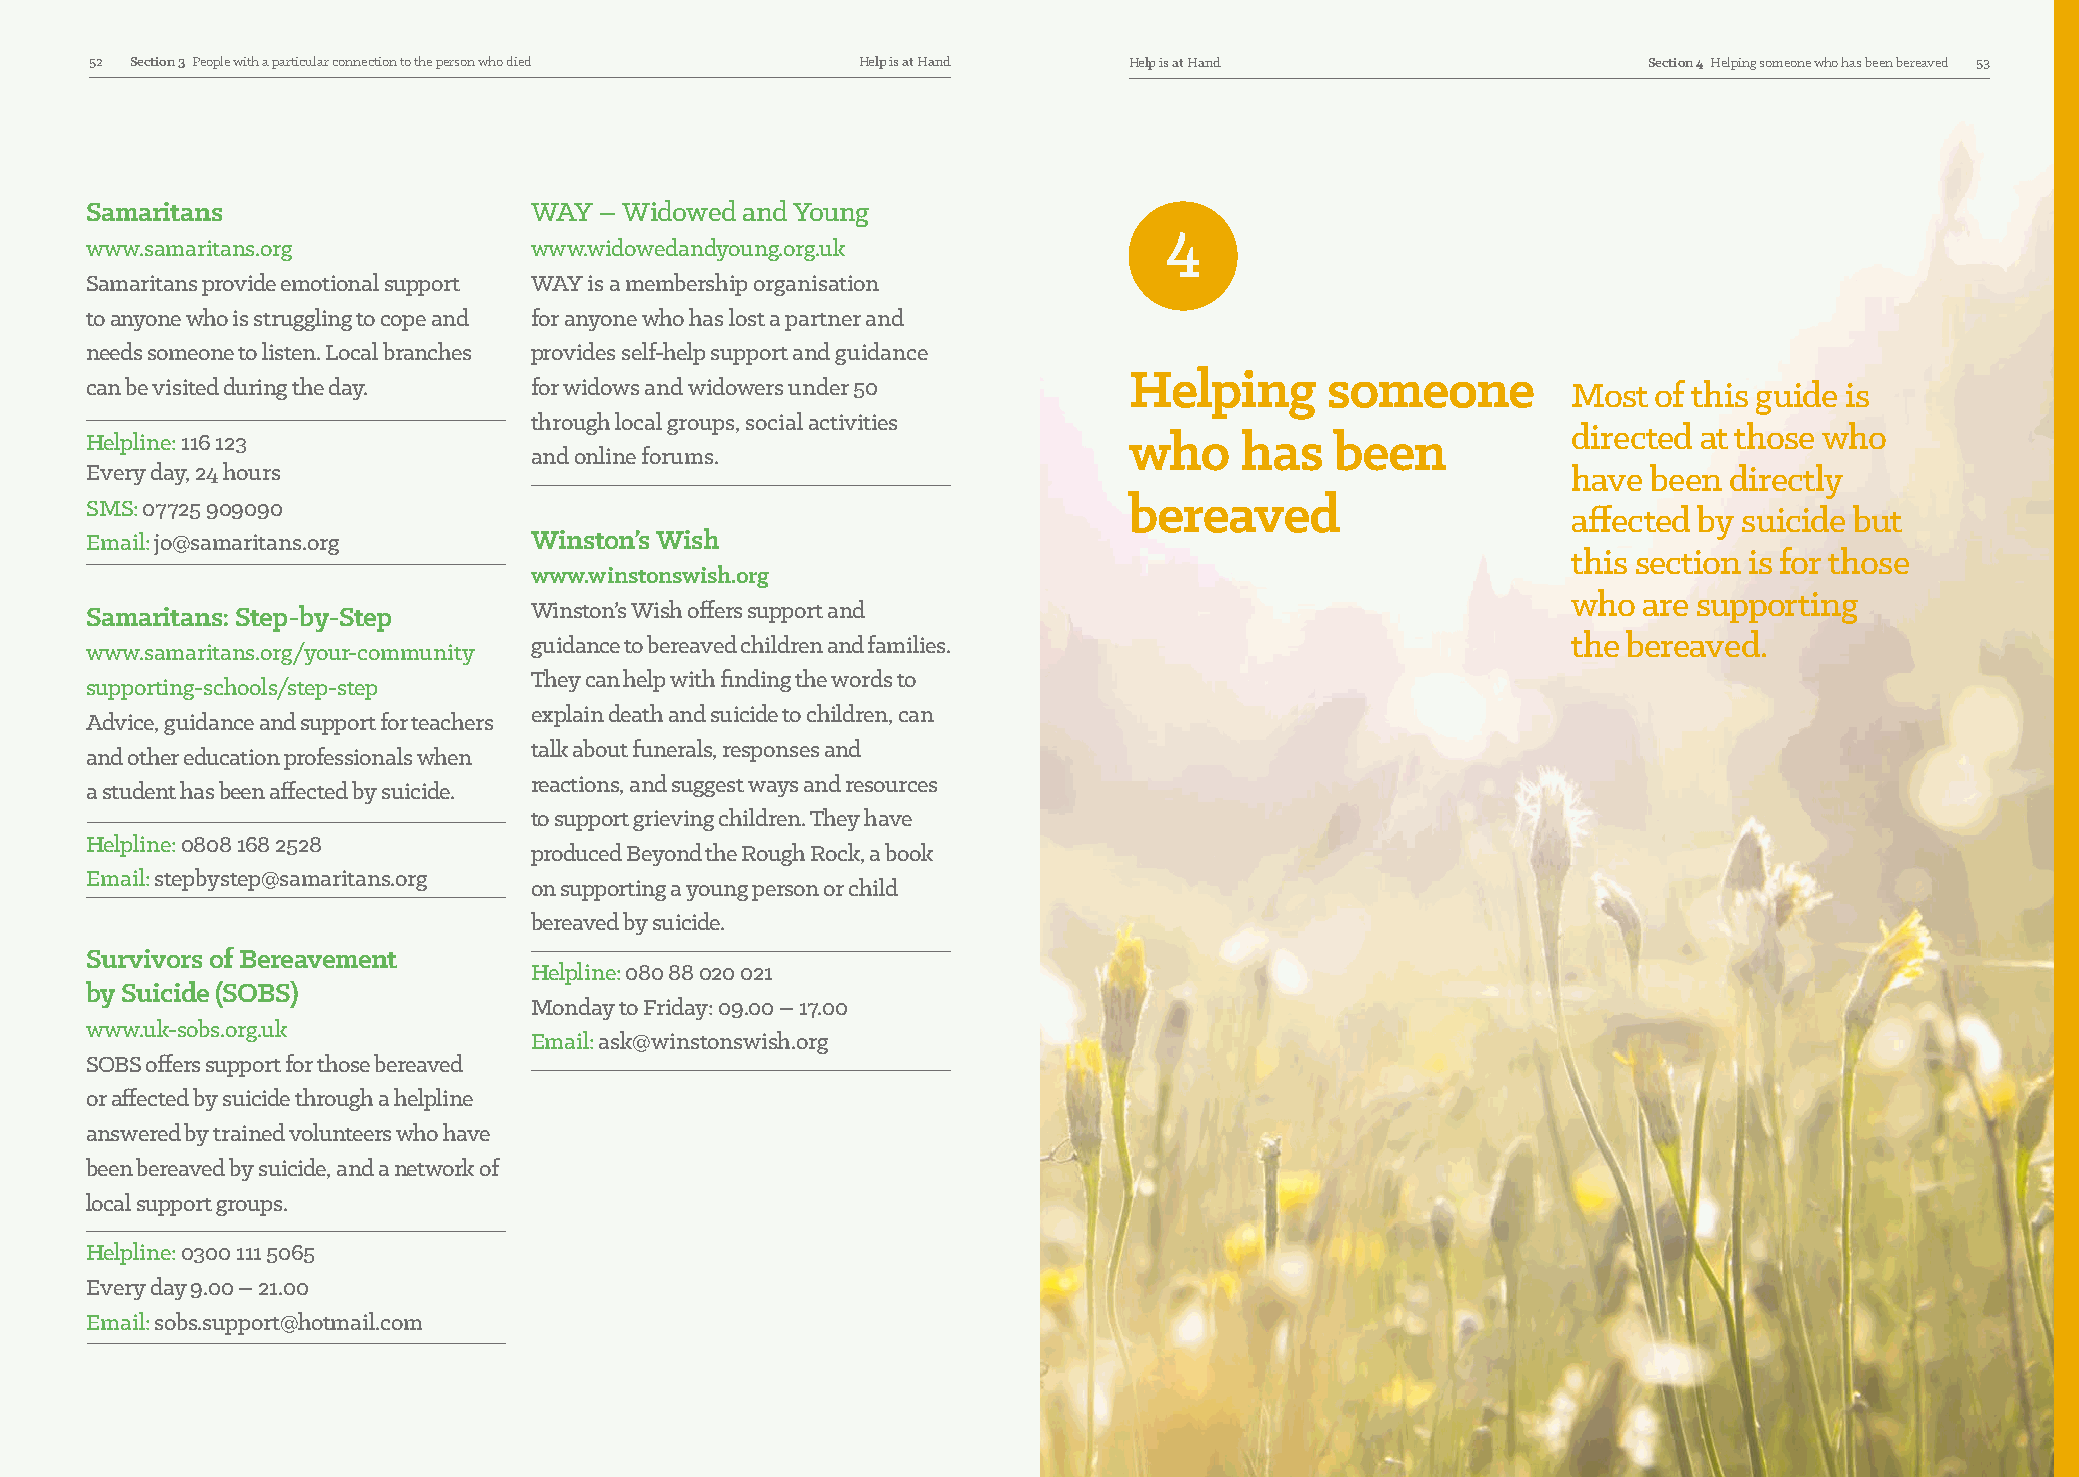
52 Section 3 People with a particular connection to the person who died Help is at Hand Help is at Hand Section 4 Helping someone who has been bereaved 53
 Samaritans                   WAY  – Widowed and Young
 4
 www.samaritans.org           www.widowedandyoung.org.uk
 Samaritans provide emotional support WAY is a membership organisation
 to anyone who is struggling to cope and for anyone who has lost a partner and
 needs someone to listen. Local branches provides self-help support and guidance
 Helping      someone
 can be visited during the day. for widows and widowers under 50                                   Most  of this guide is
 through local groups, social activities
 directed at those who
 Helpline: 116 123                                                    who    has   been
 and online forums.
 Every day, 24 hours                                                                               have been directly
 SMS: 07725 909090
 bereaved
 affected by suicide but
 Email: jo@samaritans.org     Winston’s Wish
 this section is for those
 www.winstonswish.org
 who  are supporting
 Samaritans: Step-by-Step     Winston’s Wish offers support and
 guidance to bereaved children and families.                          the bereaved.
 www.samaritans.org/your-community
 They can help with finding the words to
 supporting-schools/step-step
 explain death and suicide to children, can
 Advice, guidance and support for teachers
 talk about funerals, responses and
 and other education professionals when
 reactions, and suggest ways and resources
 a student has been affected by suicide.
 to support grieving children. They have
 Helpline: 0808 168 2528
 produced Beyond the Rough Rock, a book
 Email: stepbystep@samaritans.org
 on supporting a young person or child
 bereaved by suicide.
 Survivors of Bereavement
 Helpline: 080 88 020 021
 by Suicide (SOBS)
 Monday to Friday: 09.00 – 17.00
 www.uk-sobs.org.uk
 Email: ask@winstonswish.org
 SOBS offers support for those bereaved
 or affected by suicide through a helpline
 answered by trained volunteers who have
 been bereaved by suicide, and a network of
 local support groups.
 Helpline: 0300 111 5065
 Every day 9.00 – 21.00
 Email: sobs.support@hotmail.com